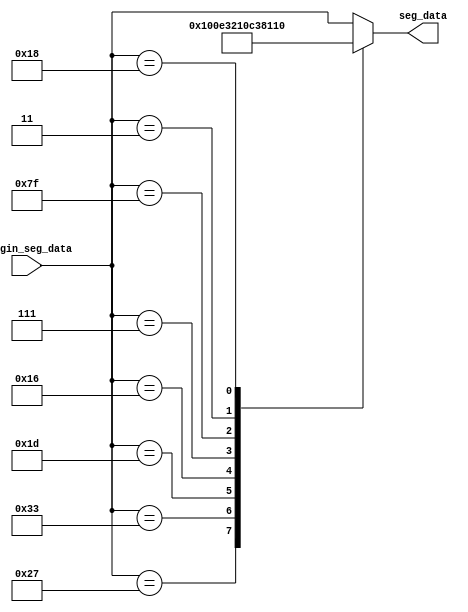
module plus7449
(
	input[6:0]      origin_seg_data,     // bin data input
	output reg[6:0] seg_data      // seven segments LED output
);

always@(*)
begin
	case(origin_seg_data)
		7'b010_0111:seg_data <= 7'b000_1000;
		7'b011_0011:seg_data <= 7'b000_0011;
		7'b001_1101:seg_data <= 7'b100_0110;
		7'b001_0110:seg_data <= 7'b010_0001;
		7'b000_0111:seg_data <= 7'b000_0110;
		7'b111_1111:seg_data <= 7'b000_1110;
		7'b000_0011:seg_data <= 7'b000_0010;
		7'b001_1000:seg_data <= 7'b001_0000;
		default:seg_data <= origin_seg_data;
	endcase
end
endmodule